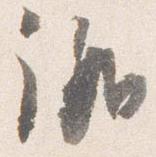
議